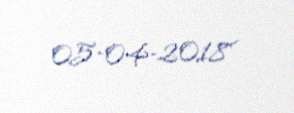
05-04-2018